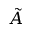
\tilde { A }